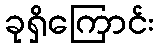
ခုရှိကြောင်း